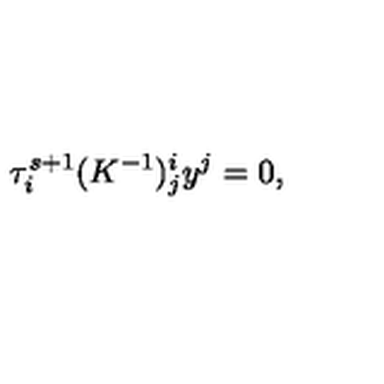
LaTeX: \tau _ { i } ^ { s + 1 } ( K ^ { - 1 } ) _ { j } ^ { i } y ^ { j } = 0 ,